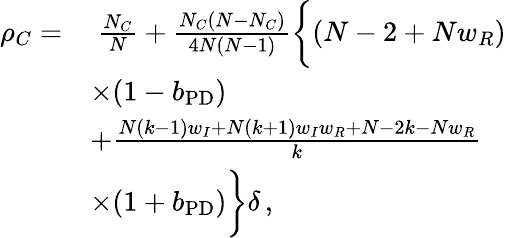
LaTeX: \begin{array}{rl}{\rho_{C}=}&{~\frac{N_{C}}{N}+\frac{N_{C}(N-N_{C})}{4N(N-1)}\bigg\{ (N-2+Nw_{R})}\\ &{\times(1-b_{\mathrm{PD}})}\\ &{+\frac{N(k-1)w_{I}+N(k+1)w_{I}w_{R}+N-2k-Nw_{R}}{k}}\\ &{\times(1+b_{\mathrm{PD}})\bigg\} \delta\, ,}\end{array}